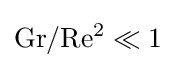
{\rm {Gr/Re^{2}\ll 1}}